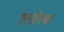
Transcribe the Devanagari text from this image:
एस्तेरबा